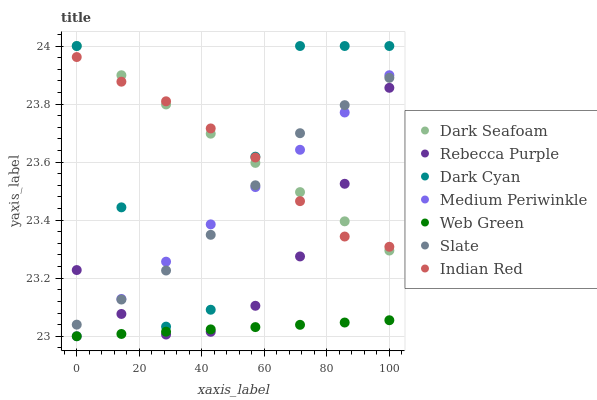
| xaxis_label | Dark Seafoam | Rebecca Purple | Dark Cyan | Medium Periwinkle | Web Green | Slate | Indian Red |
 | --- | --- | --- | --- | --- | --- | --- | --- |
 | 0 | 24 | 23.2 | 24 | 23 | 23 | 23 | 24 |
 | 14.3 | 23.9 | 23.1 | 23.4 | 23.1 | 23 | 23.1 | 23.9 |
 | 28.6 | 23.8 | 23 | 23 | 23.3 | 23 | 23.2 | 23.8 |
 | 42.9 | 23.7 | 23 | 23.1 | 23.4 | 23 | 23.3 | 23.7 |
 | 57.1 | 23.6 | 23.1 | 23.6 | 23.5 | 23 | 23.5 | 23.6 |
 | 71.4 | 23.5 | 23.3 | 24 | 23.6 | 23 | 23.7 | 23.5 |
 | 85.7 | 23.4 | 23.5 | 24 | 23.8 | 23 | 23.8 | 23.3 |
 | 100 | 23.3 | 23.9 | 24 | 23.9 | 23.1 | 23.9 | 23.3 |